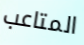
المتاعب